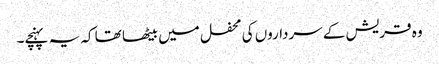
وہ قریش کے سرداروں کی محفل میں بیٹھا تھا کہ یہ پہنچے۔